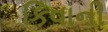
કિવાની